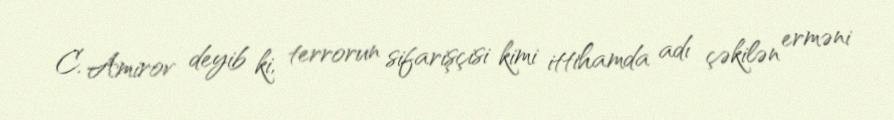
C. Amirov deyib ki, terrorun sifarişçisi kimi ittihamda adı çəkilən erməni